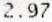
2.97